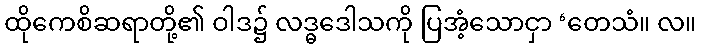
ထိုကေစိဆရာတို့၏ ဝါဒ၌ လဒ္ဓဒေါသကို ပြအံ့သောငှာ ‘တေသံ။ လ။